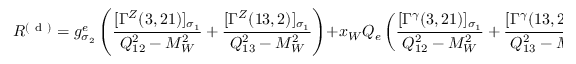
{ \cal R } ^ { ( \mathrm { ~ d ~ } ) } = g _ { \sigma _ { 2 } } ^ { e } \left( \frac { [ \Gamma ^ { Z } ( 3 , 2 1 ) ] _ { \sigma _ { 1 } } } { Q _ { 1 2 } ^ { 2 } - M _ { W } ^ { 2 } } + \frac { [ \Gamma ^ { Z } ( 1 3 , 2 ) ] _ { \sigma _ { 1 } } } { Q _ { 1 3 } ^ { 2 } - M _ { W } ^ { 2 } } \right) + x _ { W } Q _ { e } \left( \frac { [ \Gamma ^ { \gamma } ( 3 , 2 1 ) ] _ { \sigma _ { 1 } } } { Q _ { 1 2 } ^ { 2 } - M _ { W } ^ { 2 } } + \frac { [ \Gamma ^ { \gamma } ( 1 3 , 2 ) ] _ { \sigma _ { 1 } } } { Q _ { 1 3 } ^ { 2 } - M _ { W } ^ { 2 } } \right) \; .